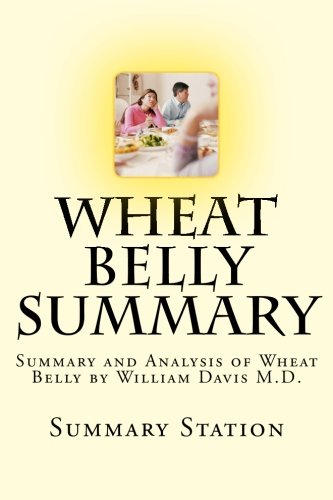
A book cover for Wheat Belly: Summary and Analysis of Wheat Belly by William Davis M.D.; Summary Station; Cookbooks, Food & Wine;